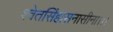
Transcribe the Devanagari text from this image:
श्वेतसिंहासनासीना।।।